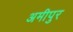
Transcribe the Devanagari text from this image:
अमीपुर